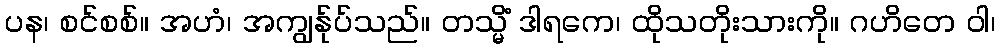
ပန၊ စင်စစ်။ အဟံ၊ အကျွန်ုပ်သည်။ တသ္မိံ ဒါရကေ၊ ထိုသတိုးသားကို။ ဂဟိတေ ဝါ၊